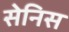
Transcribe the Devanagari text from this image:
सेनिस